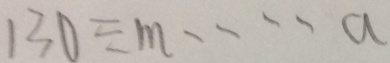
1 3 0 \div m \cdots a